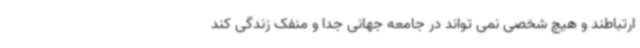
ارتباطند و هیچ شخصی نمی تواند در جامعه جهانی جدا و منفک زندگی کند